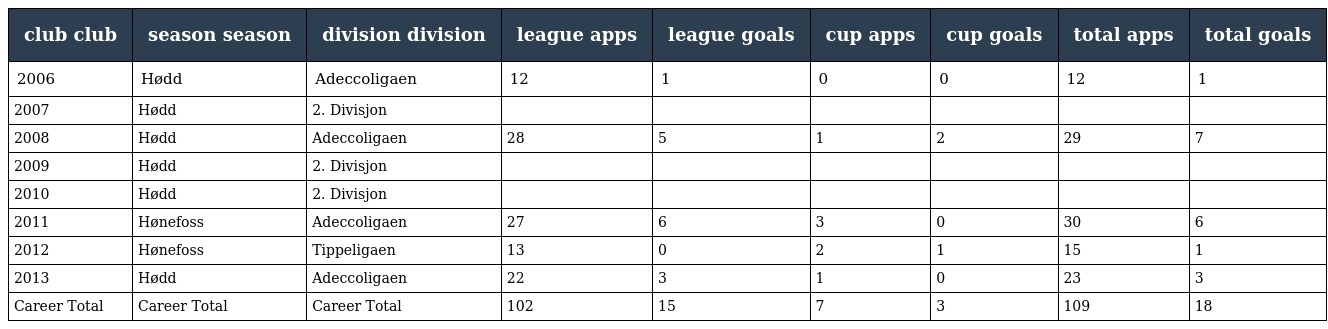
| club club | season season | division division | league apps | league goals | cup apps | cup goals | total apps | total goals |
 | --- | --- | --- | --- | --- | --- | --- | --- | --- |
 | 2006 | Hødd | Adeccoligaen | 12 | 1 | 0 | 0 | 12 | 1 |
 | 2007 | Hødd | 2. Divisjon |  |  |  |  |  |  |
 | 2008 | Hødd | Adeccoligaen | 28 | 5 | 1 | 2 | 29 | 7 |
 | 2009 | Hødd | 2. Divisjon |  |  |  |  |  |  |
 | 2010 | Hødd | 2. Divisjon |  |  |  |  |  |  |
 | 2011 | Hønefoss | Adeccoligaen | 27 | 6 | 3 | 0 | 30 | 6 |
 | 2012 | Hønefoss | Tippeligaen | 13 | 0 | 2 | 1 | 15 | 1 |
 | 2013 | Hødd | Adeccoligaen | 22 | 3 | 1 | 0 | 23 | 3 |
 | Career Total | Career Total | Career Total | 102 | 15 | 7 | 3 | 109 | 18 |